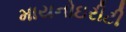
માયનોઇરીટી